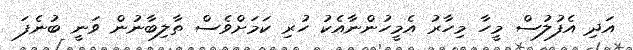
އަދި އެފުލުސް މީހާ މިހާރު އެމީހުންނާއެކު ހުރި ކަމަށްވެސް ތާލިބާނުން ވަނީ ބުނެފަ